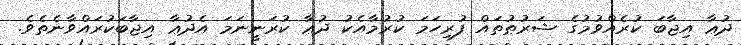
ދުޢާ އިޖާބަ ކުރެއްވުމުގެ ޝަރުޠުތައް ފުރިހަމަ ކުރުމާއެކު ދުޢާ ކުރަނީނަމަ އެދުޢާ އިޖާބަކުރައްވާނެތެވެ.